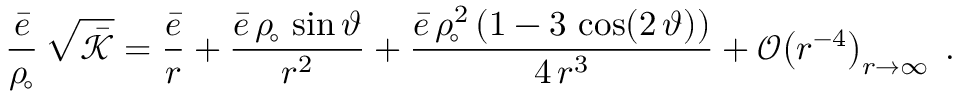
\frac { \bar { e } } { \rho _ { \! \circ } } \, \sqrt { \bar { \mathcal { K } } } = \frac { \bar { e } } { r } + \frac { \bar { e } \, \rho _ { \! \circ } \, \sin \vartheta } { r ^ { 2 } } + \frac { \bar { e } \, \rho _ { \! \circ } ^ { 2 } \left( 1 - 3 \, \cos ( 2 \, \vartheta ) \right) } { 4 \, r ^ { 3 } } + \mathcal { O } \! \left( r ^ { - 4 } \right) _ { r \to \infty } \; .